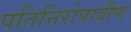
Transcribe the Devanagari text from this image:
पतिनिरोपावीण